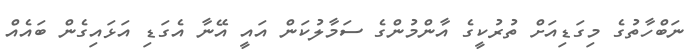
ނަބްހާތުގެ މިގަޑިއަށް ތުރުކީގެ އާންމުންގެ ސަމާލުކަން އައީ އޭނާ އެގަޑި އަޅައިގެން ބައެއް